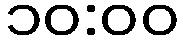
၁၀:၀၀